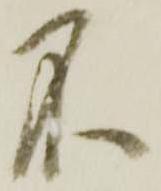
不